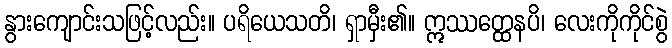
နွားကျောင်းသဖြင့်လည်း။ ပရိယေသတိ၊ ရှာမှီး၏။ ဣဿတ္ထေနပိ၊ လေးကိုကိုင်စွဲ